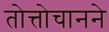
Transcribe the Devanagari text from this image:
तोत्तोचानने